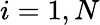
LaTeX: i=1,N